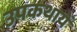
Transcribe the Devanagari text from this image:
उपकथायें